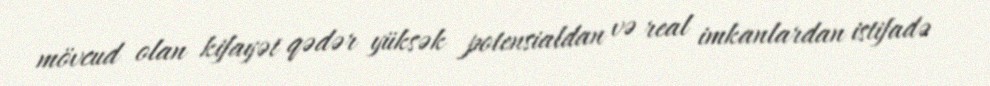
mövcud olan kifayət qədər yüksək potensialdan və real imkanlardan istifadə